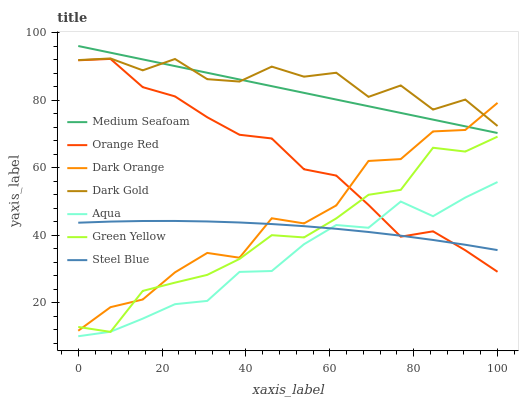
| xaxis_label | Medium Seafoam | Orange Red | Dark Orange | Dark Gold | Aqua | Green Yellow | Steel Blue |
 | --- | --- | --- | --- | --- | --- | --- | --- |
 | 0 | 96 | 91.8 | 11.6 | 91.8 | 10 | 12.8 | 43.6 |
 | 7.69 | 94 | 92.2 | 18.6 | 92.3 | 11.3 | 11.3 | 44 |
 | 15.4 | 92 | 83.8 | 20.9 | 88.8 | 15.2 | 23.4 | 44.1 |
 | 23.1 | 90.1 | 81.1 | 28.9 | 92.2 | 19.5 | 25.9 | 44.2 |
 | 30.8 | 88.1 | 74.9 | 34.7 | 86.2 | 20.5 | 28.2 | 44 |
 | 38.5 | 86.1 | 69.7 | 33.3 | 85.5 | 29.1 | 32.9 | 43.7 |
 | 46.2 | 84.1 | 68.6 | 45 | 89.9 | 29.3 | 39.9 | 43.2 |
 | 53.8 | 82.1 | 59.5 | 43.4 | 86.9 | 37.3 | 39.3 | 42.6 |
 | 61.5 | 80.1 | 57.6 | 48.8 | 88.1 | 43 | 44.9 | 41.8 |
 | 69.2 | 78.2 | 48.9 | 61.9 | 80.9 | 42.1 | 51.9 | 40.9 |
 | 76.9 | 76.2 | 39.5 | 62.5 | 84.3 | 49.9 | 53.4 | 39.8 |
 | 84.6 | 74.2 | 41.1 | 70.7 | 77.2 | 45.6 | 65.9 | 38.5 |
 | 92.3 | 72.2 | 35.5 | 71.1 | 80.1 | 51.1 | 64.7 | 37.1 |
 | 100 | 70.2 | 29.1 | 79.1 | 72.3 | 55.7 | 69.1 | 35.5 |